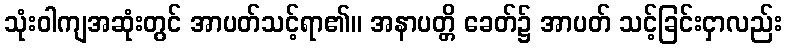
သုံးဝါကျအဆုံးတွင် အာပတ်သင့်ရာ၏။ အနာပတ္တိ ခေတ်၌ အာပတ် သင့်ခြင်းငှာလည်း